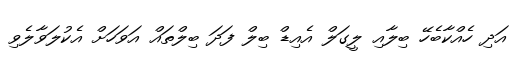
އަދި ހެއްކާބެހޭ ބިލާއި ލީގަލް އެއިޑް ބިލް ފަދަ ބިލްތައް އަވަހަށް އެކުލަވާލެވި